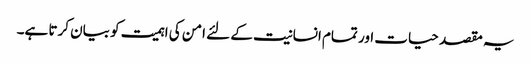
یہ مقصد حیات اور تمام انسانیت کے لئے امن کی اہمیت کو بیان کرتا ہے۔